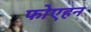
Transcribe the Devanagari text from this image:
फोएहन